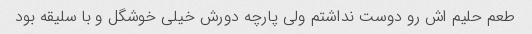
طعم حلیم اش رو دوست نداشتم ولی پارچه دورش خیلی خوشگل و با سلیقه بود